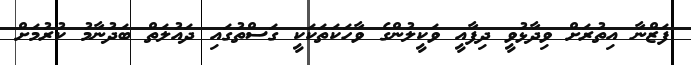
ފަޒްނާ އިތުރަށް ވިދާޅުވީ ދިފާއީ ވަކީލުންގެ ވާހަކަތަކަކީ ގަސްތުގައި ދައުލަތް ބަދުނާމު ކުރުމަށް